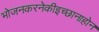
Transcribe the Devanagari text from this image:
भोजनकरनेकीइच्छानाहोन